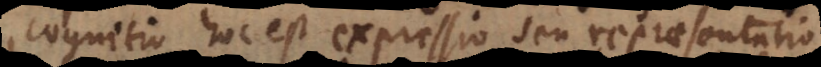
cognitio hoc est expressio seu repraesentatio